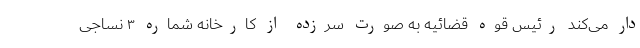
‌دار می‌کند رئیس قوه قضائیه ‌به صورت سرزده از کارخانه شماره ۳ نساجی